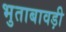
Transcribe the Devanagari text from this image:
भुताबावड़ी